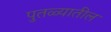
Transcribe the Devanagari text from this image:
पुतळ्यातील